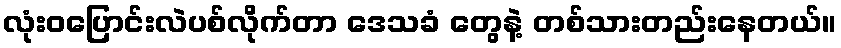
လုံးဝပြောင်းလဲပစ်လိုက်တာ ဒေသခံ တွေနဲ့ တစ်သားတည်းနေတယ်။